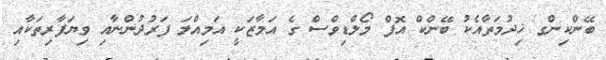
ބޭންކިންގ ޚިދުމަތާއެކު ބޭންކް އޮފް މޯލްޑިވްސް ގެ އަމާޒަކީ އަމިއްލަ ފަރުދުންނާއި ވިޔަފާރިތަކާއި